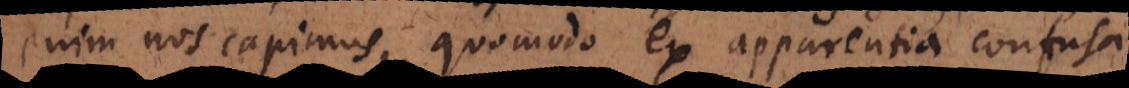
enim nos capimus, quomodo ex apparentia confusa